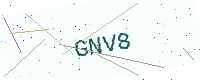
Text: GNV8